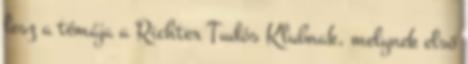
lesz a témája a Richter Tudós Klubnak, melynek első